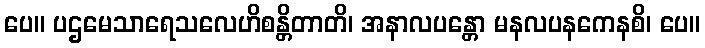
ပေ။ ပဌမေသာရေသလေဟိစန္တိတာတိ၊ အနာလပန္တော မနလပနကေနစိ၊ ပေ။